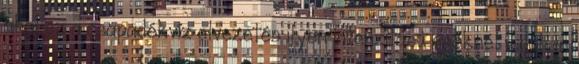
ahol ez a csapadékvíz elvezetés ilyen intenzitású esőknél valóban